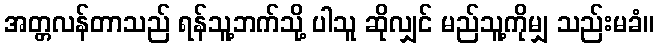
အတ္တလန်တာသည် ရန်သူ့ဘက်သို့ ပါသူ ဆိုလျှင် မည်သူ့ကိုမျှ သည်းမခံ။